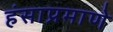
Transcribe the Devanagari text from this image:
हंसाप्रमाणे